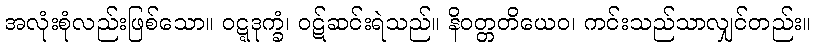
အလုံးစုံလည်းဖြစ်သော။ ဝဋ္ဋဒုက္ခံ၊ ဝဋ်ဆင်းရဲသည်။ နိဝတ္တတိယေဝ၊ ကင်းသည်သာလျှင်တည်း။